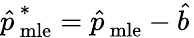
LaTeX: {\hat{p\, }}_{\mathrm{mle}}^{*}={\hat{p\, }}_{\mathrm{mle}}-{\hat{b\, }}